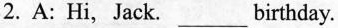
2.A: Hi,Jack.___birthday.